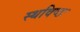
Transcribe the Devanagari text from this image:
स्थविष्ठः